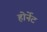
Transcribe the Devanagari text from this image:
होर्नेट